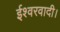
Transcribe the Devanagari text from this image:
ईश्वरवादी।